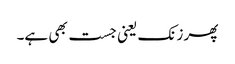
پھر زنک یعنی جست بھی ہے۔